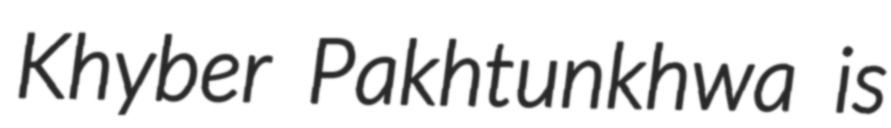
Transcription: Khyber Pakhtunkhwa is